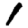
Digit: 1